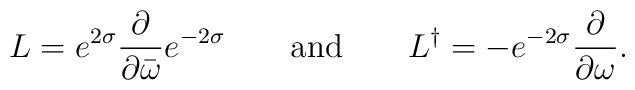
L = e^{2\sigma} \frac{\partial}{\partial \bar\omega}  e^{-2\sigma} \qquad \mbox{and} \qquad   L^{\dag} = - e^{-2\sigma} \frac{\partial}{\partial \omega}.